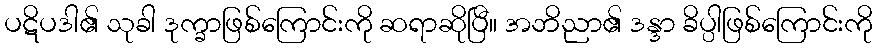
ပဋိပဒါ၏ သုခါ ဒုက္ခာဖြစ်ကြောင်းကို ဆရာဆိုပြီ။ အဘိညာ၏ ဒန္ဒာ ခိပ္ပါဖြစ်ကြောင်းကို